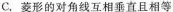
C.菱形的对角线互相垂直且相等